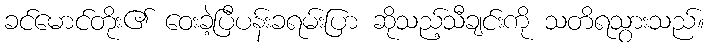
ခင်မောင်တိုး၏ ဝေးခဲ့ပြီပန်းခရမ်းပြာ ဆိုသည့်သီချင်းကို သတိရသွားသည်။